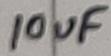
Text: 10uF